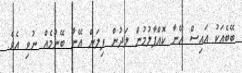
ބޭބެއަކު އައިސް އޭނާ ކޮއްޕާލުމުން ލަދުން ފިލަން އޭނާ ބޭނުމެއް ނުވި އެވެ.